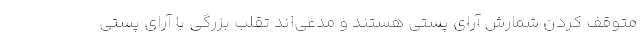
متوقف کردن شمارش آرای پستی هستند و مدعی‌اند تقلب بزرگی با آرای پستی